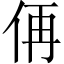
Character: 侢